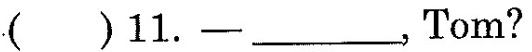
()11.-___,Tom?